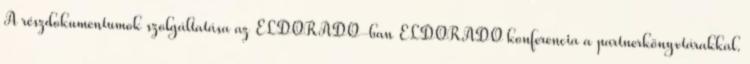
A részdokumentumok szolgáltatása az ELDORADO-ban ELDORADO konferencia a partnerkönyvtárakkal.